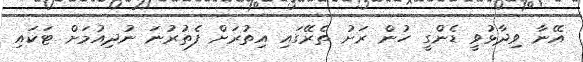
އޭނާ ވިދާޅުވީ ޑެންގީ ހުން ރަށު ތެރޭގައި އިތުރަށް ފެތުރުނަ ނުދިއުމަށް ޓަކައި